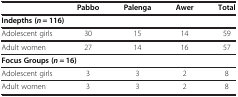
<table><thead><tr><td><b> </b></td><td><b>Pabbo</b></td><td><b>Palenga</b></td><td><b>Awer</b></td><td><b>Total</b></td></tr></thead><tbody><tr><td colspan="5"><b>Indepths (</b><b><i>n</i></b> <b>= 116)</b></td></tr><tr><td>Adolescent girls</td><td>30</td><td>15</td><td>14</td><td>59</td></tr><tr><td>Adult women</td><td>27</td><td>14</td><td>16</td><td>57</td></tr><tr><td colspan="5"><b>Focus Groups (</b><b><i>n</i></b> <b>= 16)</b></td></tr><tr><td>Adolescent girls</td><td>3</td><td>3</td><td>2</td><td>8</td></tr><tr><td>Adult women</td><td>3</td><td>3</td><td>2</td><td>8</td></tr></tbody></table>